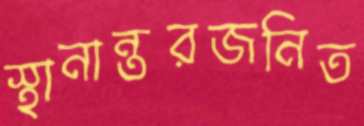
স্থানান্তরজনিত